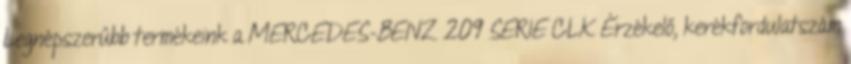
Legnépszerűbb termékeink a MERCEDES-BENZ 209 SERIE CLK Érzékelő, kerékfordulatszám